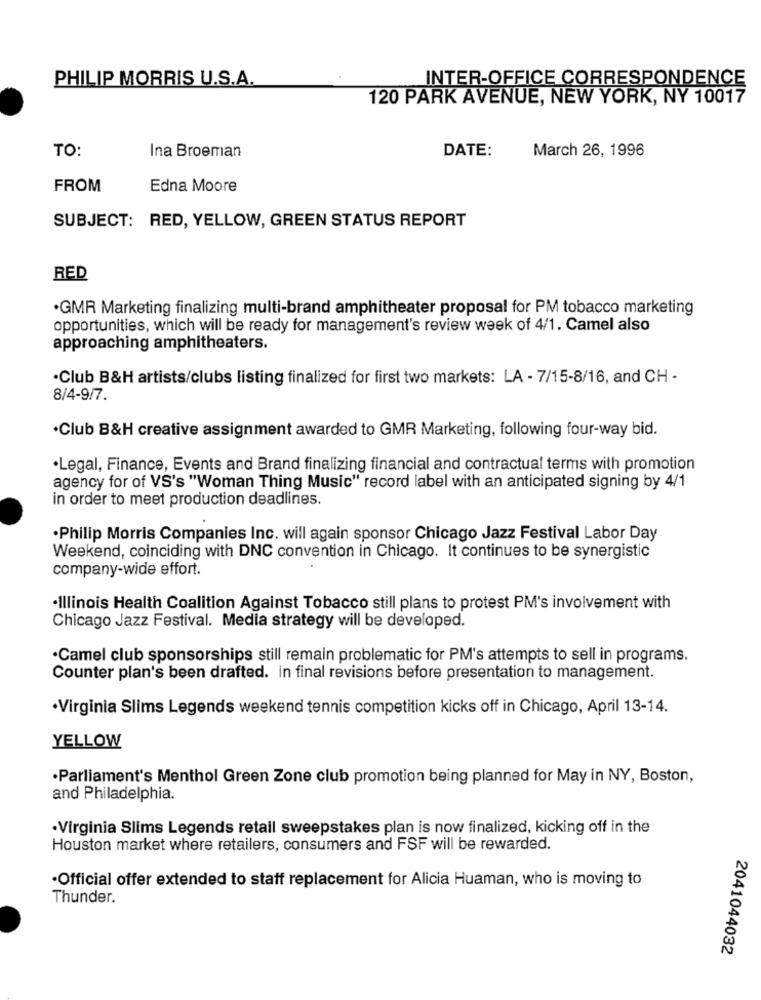
PHILIP MORRIS U.S.A.
INTER-OFFICE CORRESPONDENCE
120 PARK AVENUE, NEW YORK, NY 10017
TO:
Ina Broeman
DATE:
March 26, 1996
FROM
Edna Moore
SUBJECT: RED, YELLOW, GREEN STATUS REPORT
RED
·GMR Marketing finalizing multi-brand amphitheater proposal for PM tobacco marketing
opportunities, which will be ready for management's review week of 4/1. Camel also
approaching amphitheaters.
.Club B&H artists/clubs listing finalized for first two markets: LA - 7/15-8/16, and CH -
8/4-9/7.
.Club B&H creative assignment awarded to GMR Marketing, following four-way bid.
·Legal, Finance, Events and Brand finalizing financial and contractual terms with promotion
agency for of VS's "Woman Thing Music" record label with an anticipated signing by 4/1
in order to meet production deadlines.
·Philip Morris Companies Inc. will again sponsor Chicago Jazz Festival Labor Day
Weekend, coinciding with DNC convention in Chicago. It continues to be synergistic
company-wide effort.
·Illinois Health Coalition Against Tobacco still plans to protest PM's involvement with
Chicago Jazz Festival. Media strategy will be developed.
·Camel club sponsorships still remain problematic for PM's attempts to sell in programs.
Counter plan's been drafted. in final revisions before presentation to management.
·Virginia Slims Legends weekend tennis competition kicks off in Chicago, April 13-14.
YELLOW
·Parliament's Menthol Green Zone club promotion being planned for May in NY, Boston,
and Philadelphia.
·Virginia Slims Legends retail sweepstakes plan is now finalized, kicking off in the
Houston market where retailers, consumers and FSF will be rewarded.
·Official offer extended to staff replacement for Alicia Huaman, who is moving to
Thunder.
2041044032